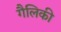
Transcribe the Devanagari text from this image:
गैलिकी